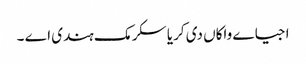
اجیاے واکاں دی کریا سکرمک ہندی اے ۔